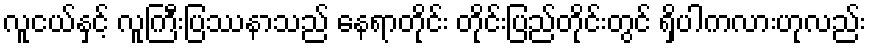
လူငယ်နှင့် လူကြီးပြဿနာသည် နေရာတိုင်း တိုင်းပြည်တိုင်းတွင် ရှိပါကလားဟုလည်း